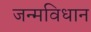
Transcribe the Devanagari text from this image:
जन्मविधान